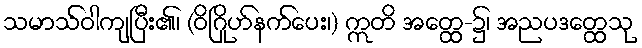
သမာသ်ဝါကျပြီး၏၊ (ဝိဂြိုဟ်နက်ပေး၊) ဣတိ အတ္ထေ-၌၊ အညပဒတ္ထေသု